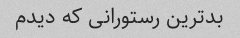
بدترین رستورانی که دیدم